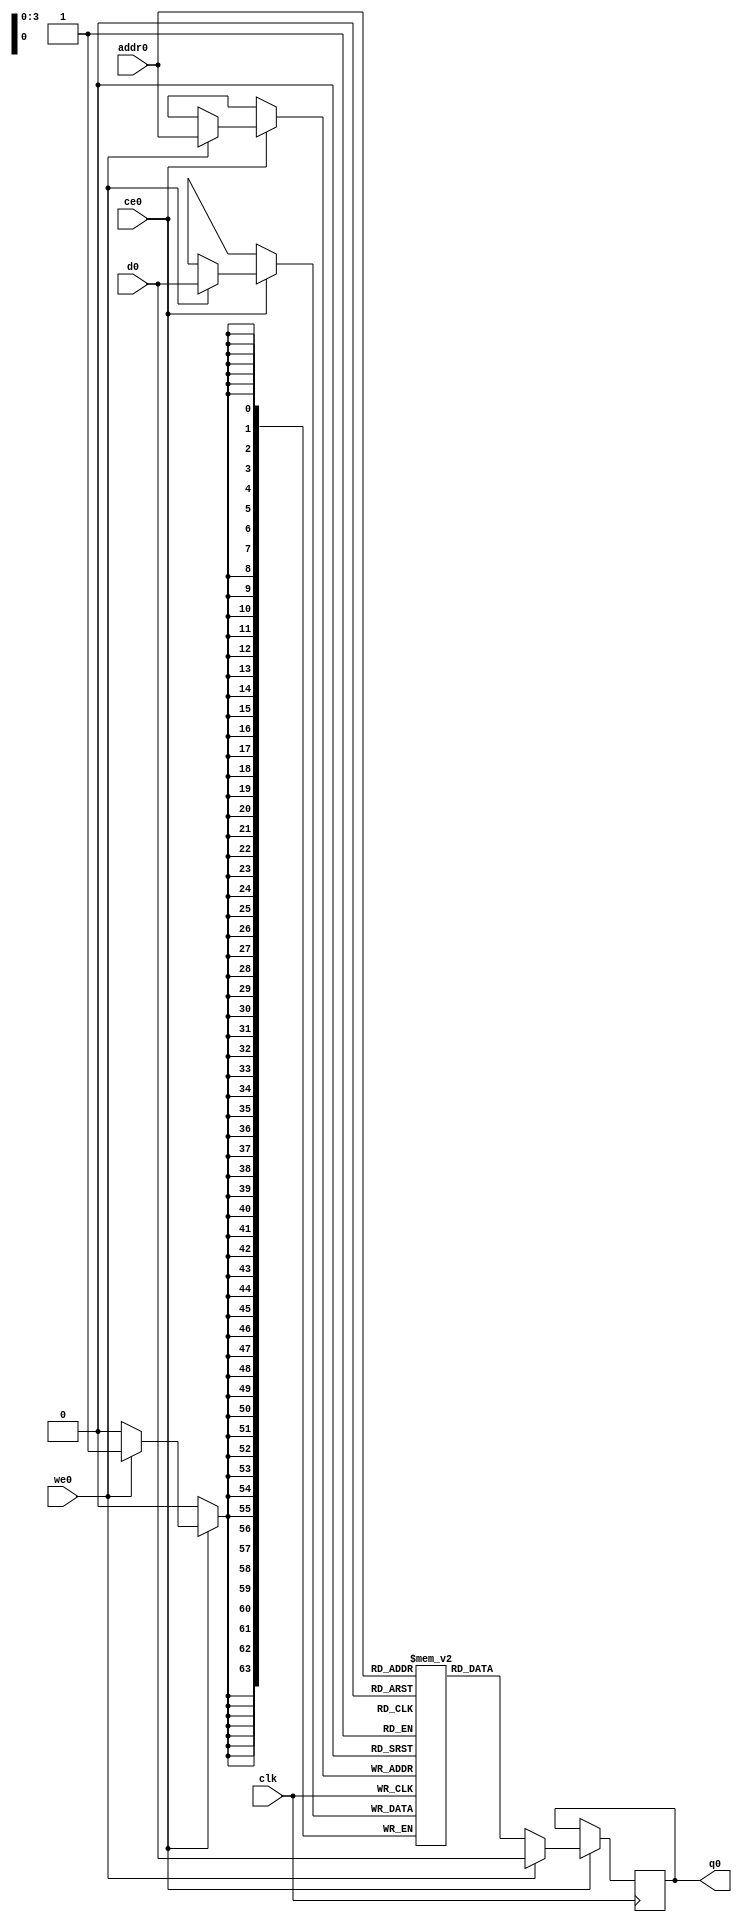
// ==============================================================
// File generated by Vivado(TM) HLS - High-Level Synthesis from C, C++ and SystemC
// Version: 2017.1
// Copyright (C) 1986-2017 Xilinx, Inc. All Rights Reserved.
// 
// ==============================================================

`timescale 1 ns / 1 ps
module comm_coordinator_bkb_ram (addr0, ce0, d0, we0, q0,  clk);

parameter DWIDTH = 64;
parameter AWIDTH = 4;
parameter MEM_SIZE = 16;

input[AWIDTH-1:0] addr0;
input ce0;
input[DWIDTH-1:0] d0;
input we0;
output reg[DWIDTH-1:0] q0;
input clk;

(* ram_style = "block" *)reg [DWIDTH-1:0] ram[0:MEM_SIZE-1];




always @(posedge clk)  
begin 
    if (ce0) 
    begin
        if (we0) 
        begin 
            ram[addr0] <= d0; 
            q0 <= d0;
        end 
        else 
            q0 <= ram[addr0];
    end
end


endmodule


`timescale 1 ns / 1 ps
module comm_coordinator_bkb(
    reset,
    clk,
    address0,
    ce0,
    we0,
    d0,
    q0);

parameter DataWidth = 32'd64;
parameter AddressRange = 32'd16;
parameter AddressWidth = 32'd4;
input reset;
input clk;
input[AddressWidth - 1:0] address0;
input ce0;
input we0;
input[DataWidth - 1:0] d0;
output[DataWidth - 1:0] q0;



comm_coordinator_bkb_ram comm_coordinator_bkb_ram_U(
    .clk( clk ),
    .addr0( address0 ),
    .ce0( ce0 ),
    .d0( d0 ),
    .we0( we0 ),
    .q0( q0 ));

endmodule